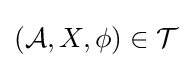
({\mathcal {A}},X,\phi )\in {\mathcal {T}}